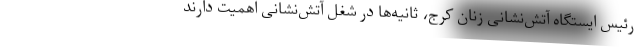
رئیس ایستگاه آتش‌نشانی زنان کرج، ثانیه‌ها در شغل آتش‌نشانی اهمیت دارند